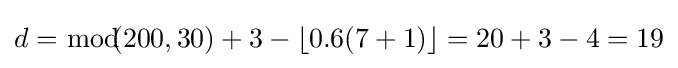
d={\bmod {\!}}\!(200,30)+3-\left\lfloor 0.6(7+1)\right\rfloor =20+3-4=19